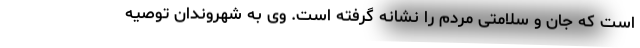
است که جان و سلامتی مردم را نشانه گرفته است. وی به شهروندان توصیه